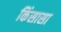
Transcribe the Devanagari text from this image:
किंसासा